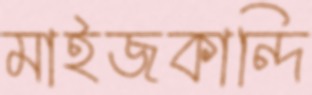
মাইজকান্দি